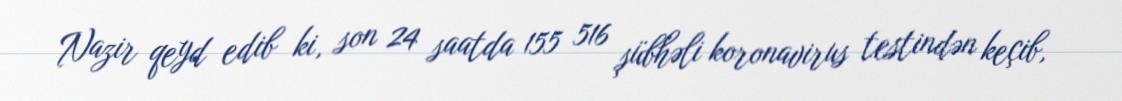
Nazir qeyd edib ki, son 24 saatda 155 516 şübhəli koronavirus testindən keçib,